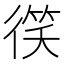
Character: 𫹠